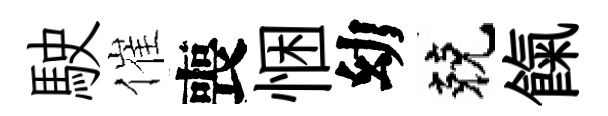
駛催喪悃幼兢餼